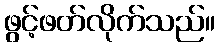
ဖွင့်ဖတ်လိုက်သည်။